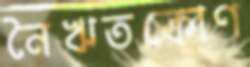
নৈঋতকোণ